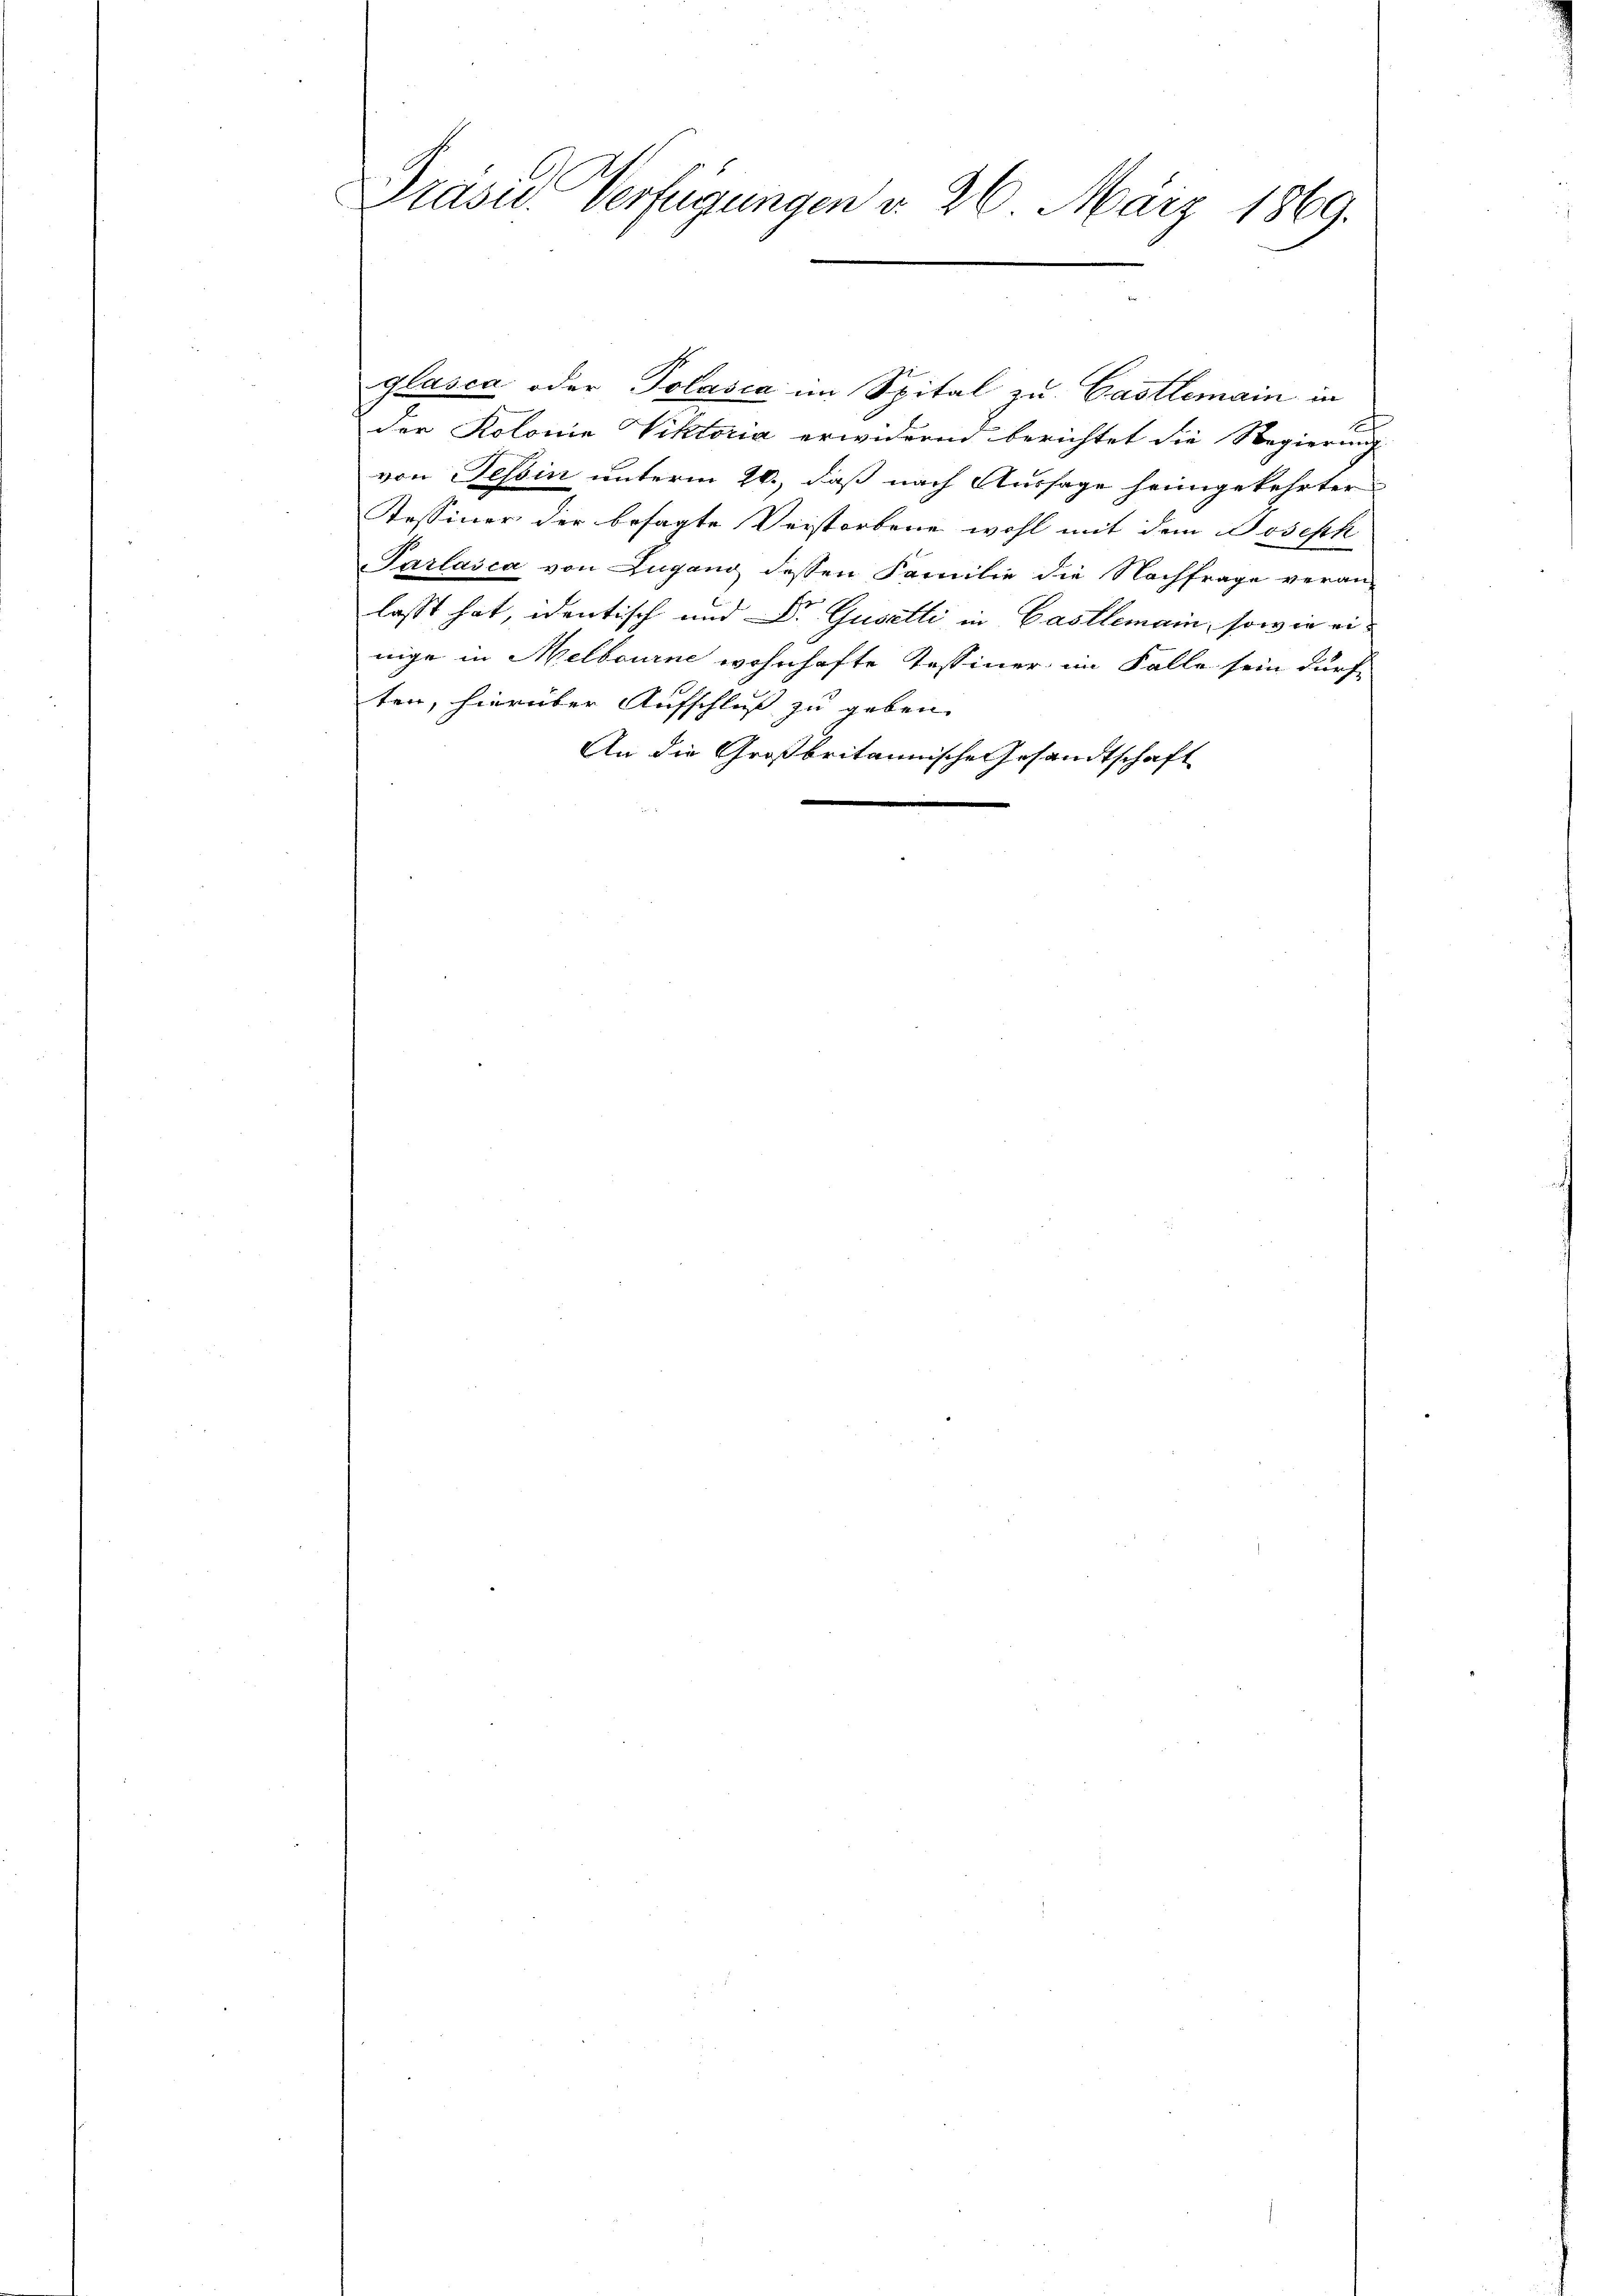
Präsid Verfügungen d. 26. März 1869.

glasca oder Polasia im Spital zu Castlemain in
der Kolonia Viktoria erwidere berichtet die Regierung
von Tessin unterm 20., daß nach Aussage heimgekehrter
Kessiner der besagte Verstorbene wohl mit dem Joseph
Parlašca von Lugang dessen Familie die Nachfrage veran-
lasst hat, identisch und Dr. Guselli in Castlemann, sowie einige in Melbourne wohnhafte Tessiner im Falle sein dürfe
ten, hierüber Aufschluß zu geben. |
An die Großbritannischersandtschaft